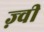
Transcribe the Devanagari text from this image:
ज़्वी